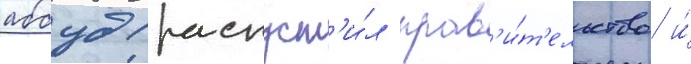
аббуд распуст'и́л прав'и́т'ельство и́